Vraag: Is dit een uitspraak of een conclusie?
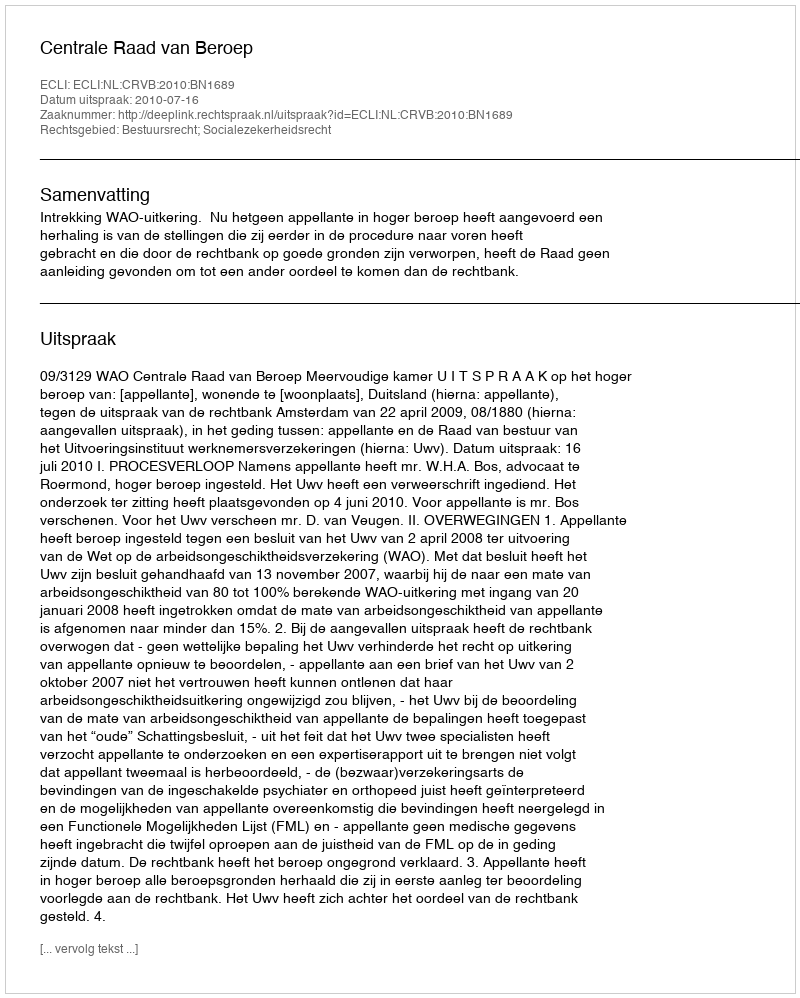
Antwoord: Uitspraak